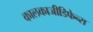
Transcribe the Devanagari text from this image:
कालकाजीडिफेन्स